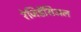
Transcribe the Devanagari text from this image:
रेजिडेंसिअल